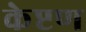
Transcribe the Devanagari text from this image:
केप्टण